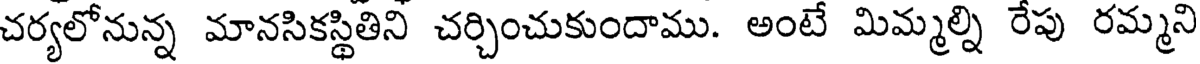
చర్యలోనున్న మానసికస్థితిని చర్చించుకుందాము. అంటే మిమ్మల్ని రేపు రమ్మని